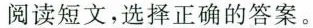
阅读短文,选择正确的答案.